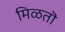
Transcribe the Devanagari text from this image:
मिळतॊ